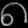
Digit: ၈